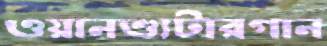
ওয়ানশ্যুটারগান